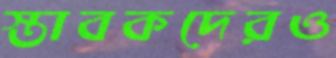
স্তাবকদেরও